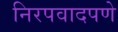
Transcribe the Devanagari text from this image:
निरपवादपणे